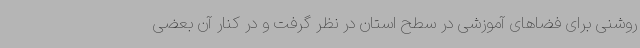
روشنی برای فضاهای آموزشی در سطح استان در نظر گرفت و در کنار آن بعضی